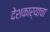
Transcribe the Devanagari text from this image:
देशकार्याचा